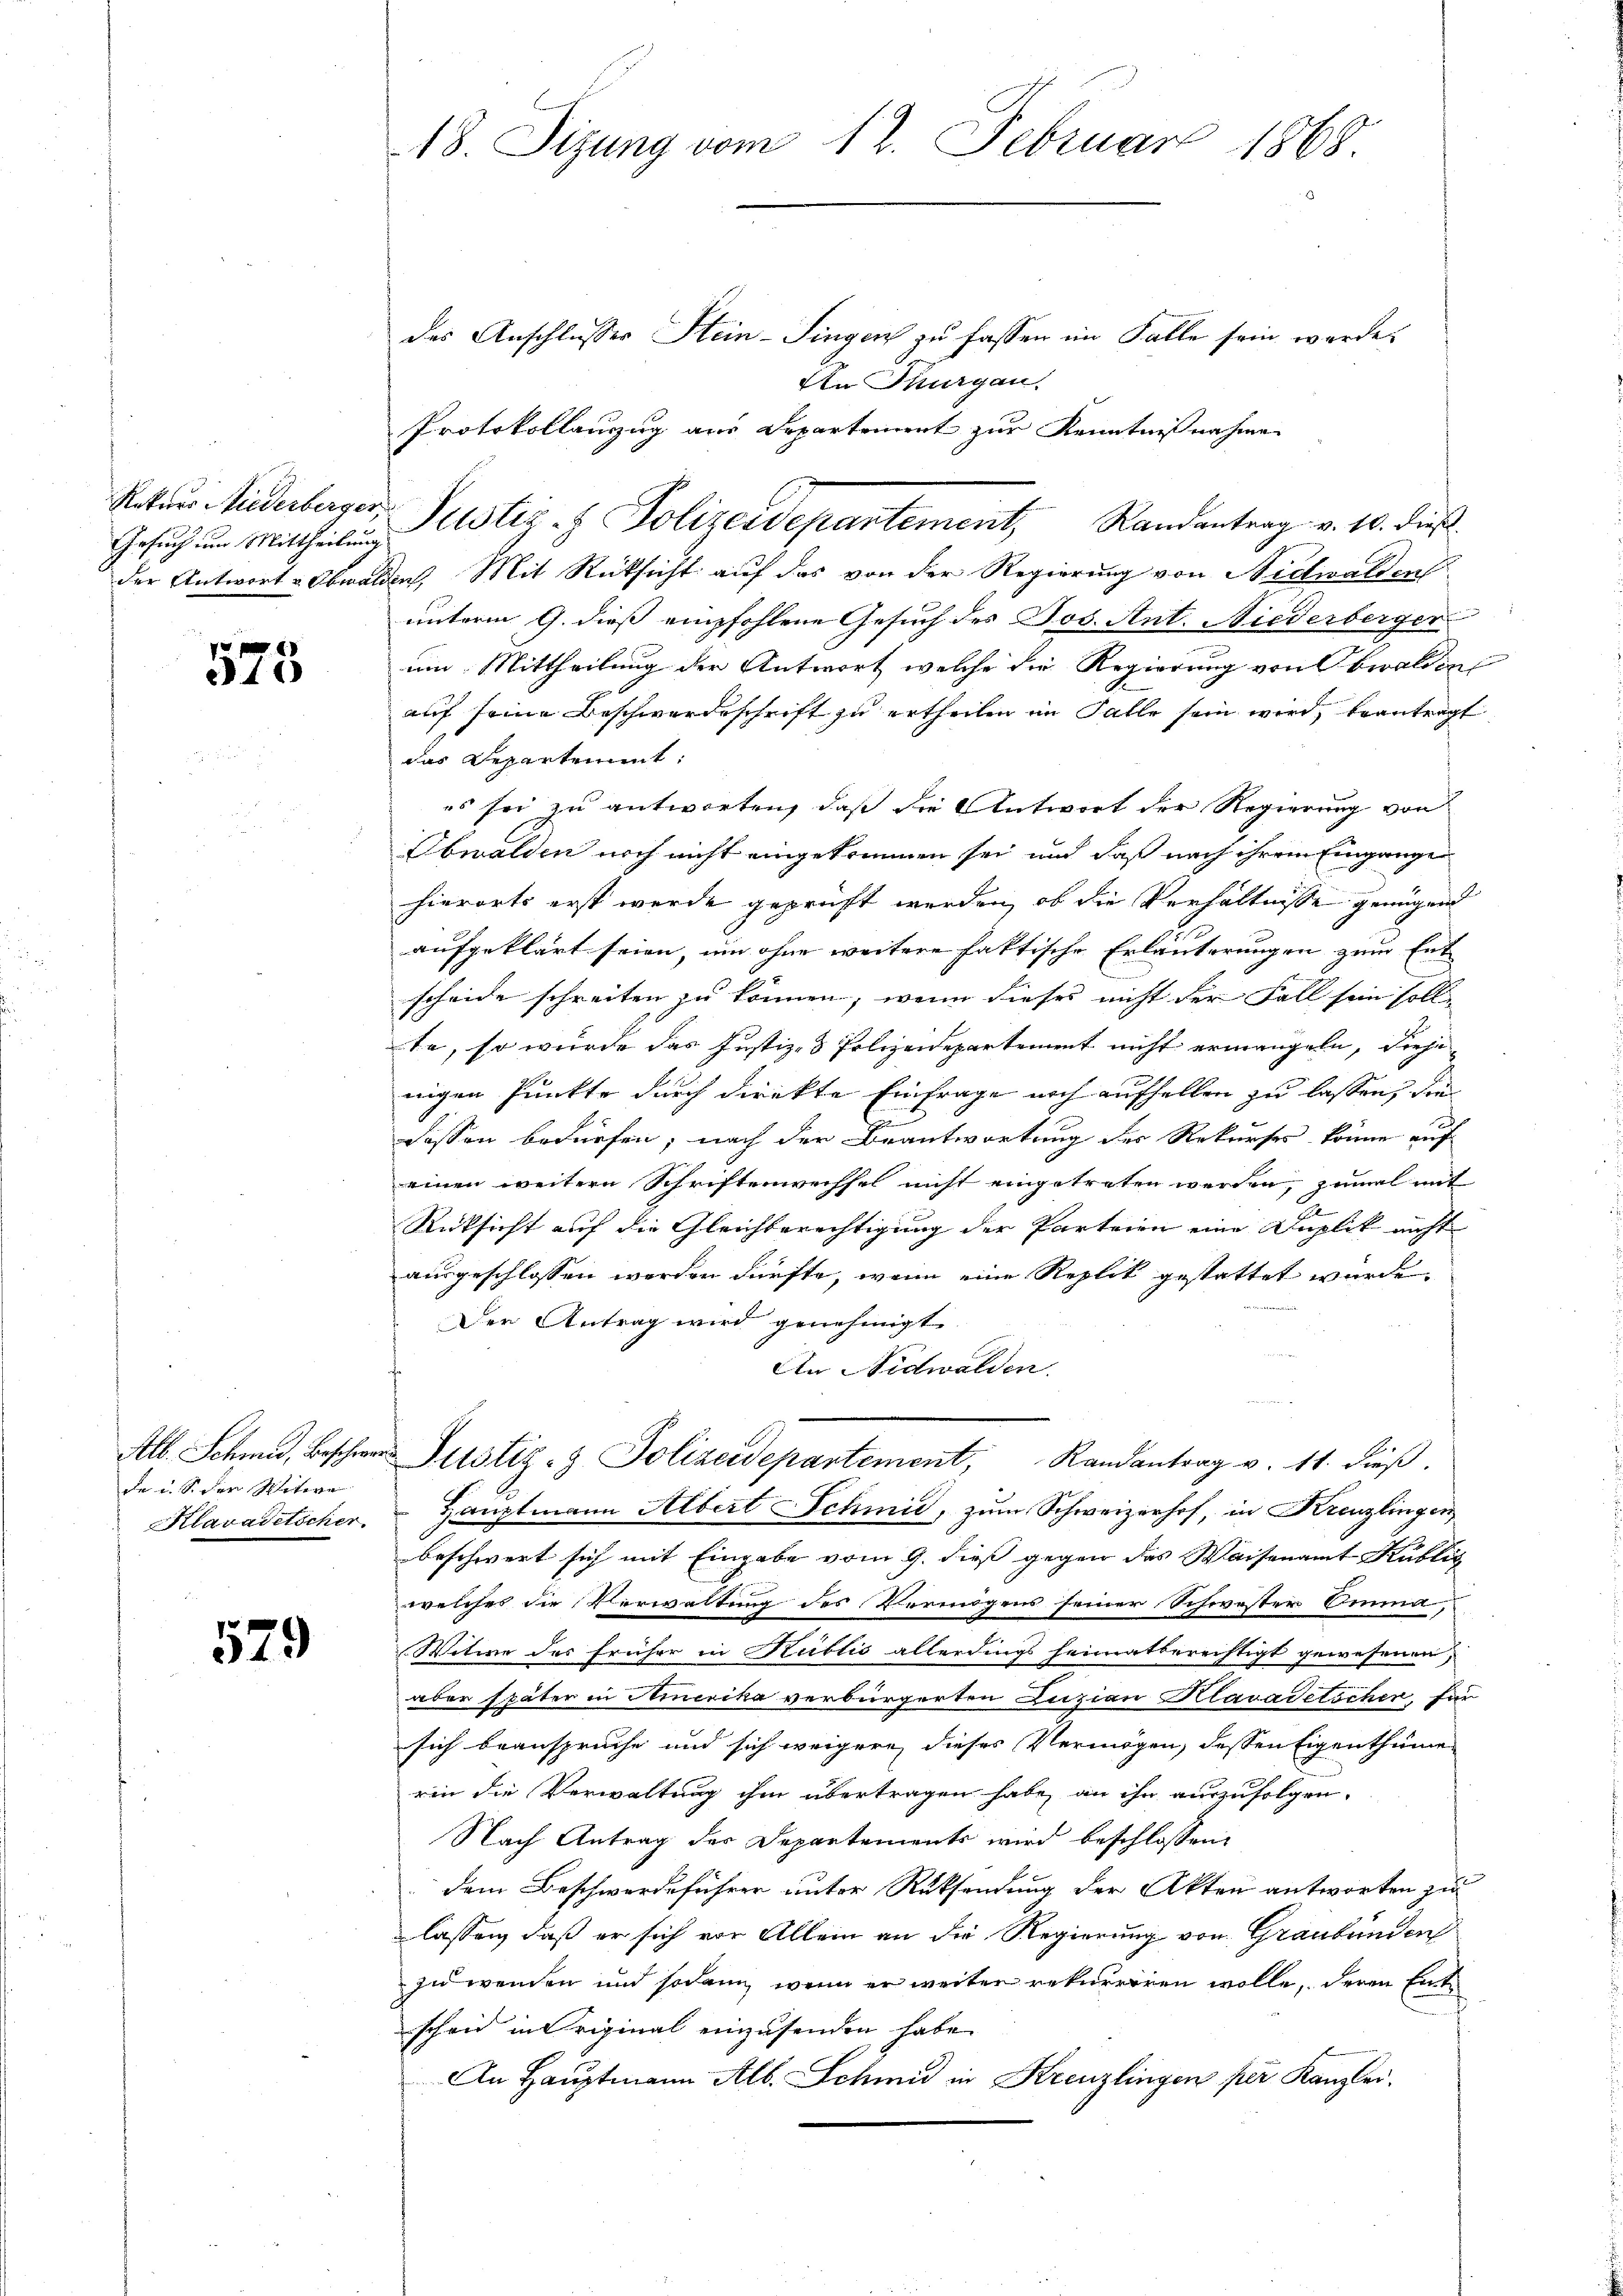
Gesuch im Mittheilung

11

de u. S. der Witwe
Klavadetscher

529

18. Sizung vom 12. Februar 1868.

des Anschlusser Stein-Singen zu fassen im Falle sein werde.
An Thurgau.
Protokollauzug aus Departement zur Kenntnisnahme
der Antwort Obwalden, Mit Rücksicht auf das von der Regierung von Nidwalden
unterm 9. dieß empfohlene Gesuch des Jos. Ant. Niederberger
um Mittheilung der Antwort, welche die Regierung von Obwalden
auf seine Beschwerdeschrift zu ertheilen im Falle sein wird, beantragt
das Departement:
es sei zu antworten, daß die Antwort der Regierung von
Obwalden noch nicht eingekommen sei und daß nach ihrem Eingange
hierorts erst wurde geprüft werden, ob die Verhältnisse genügend
aufgeklärt seien, um ohne weitere faktische Erläuterungen zum Ent
scheide schreiten zu können, wenn dieses nicht der Fall sein soll
te, so wurde das Justiz- & Polizeidepartement nicht ermangeln, dieje
wigen Punkte durch dienkte Einfrage noch aufhellen zu lassen, die
2
dessen bedürfen; nach der Beantwortung der Rekurses könne auf
einen weitern Schriftenwechsel nicht eingetreten werden, zumal mit
Rücksicht auf die Gleichberechtigung der Parteien eine Duplik nicht
ausgeschlossen werden dürfte, wenn eine Replik gestattet wurde.
Der Antrag wird genehmigt
An Nidwalden.
Alb. Schmid, Beschwer Justiz- & Polizeidepartement, Randantrag v. 11. dieβ.
Hauptmann Albert Schmid, zum Schweizerhof, in Kreuzlingen
beschwert sich mit Eingabe vom 9. dieß gegen das Waisenamt Kublic
welches die Verwaltung des Vermögens seiner Schwester Banna,
Witwe des früher in Rüttis allerdings heimatberechtigt gewesenen,
aber später in Amerika verbürgerten Luzian Klavadetscher, für
sich beansprüche und sich weigere dieses Vermögen, dessen Eigenthume
rin die Verwaltung ihm übertragen habe, an ihn auszufolgen.
Nach Antrag der Departements wird beschlossen:
dem Beschwerdeführer unter Rüksendung der Akten antworten zu
lassen, daß er sich vor Allein an die Regierung von Graubünden
zu wenden und sodann wenn er weiter rekurriren wolle, deren Entscheid in Criginal einzusenden habe.
An Hauptmann Alb. Schmid in Kreuzlingen per Kanzlei.

Schaus Wiederberger, Pustiz- & Polizeidepartement, Randantrag v. 10. dieß